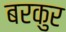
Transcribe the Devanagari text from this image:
बरकुर